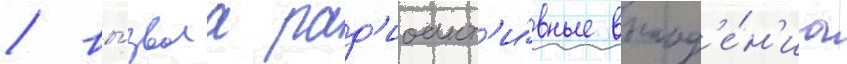
/ вы́звала рад'иоакт'и́вные выпад'е́н'иа